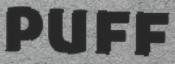
PUFF